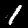
Label: 1